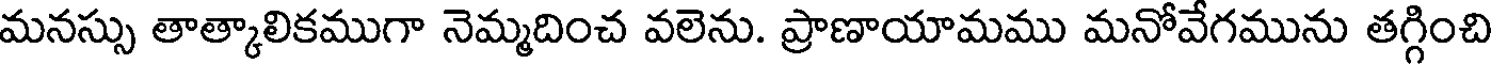
మనస్సు తాత్కాలికముగా నెమ్మదించ వలెను. ప్రాణాయామము మనోవేగమును తగ్గించి